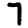
Digit: 7